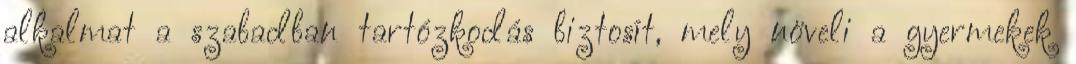
alkalmat a szabadban tartózkodás biztosít, mely növeli a gyermekek